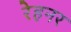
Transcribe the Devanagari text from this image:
रेहनर